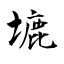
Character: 塶